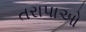
તરાપાઓ